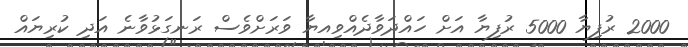
2000 ރުފިޔާ 5000 ރުފިޔާ އަށް ހައްދަވާދެއްވިއޔާ ވަރަށްވެސް ރަނގަޅުވާނެ އަދި ކުރިޔައް